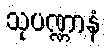
သုပဏ္ဏာနံ